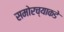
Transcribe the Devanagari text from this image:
समोरच्याकडे